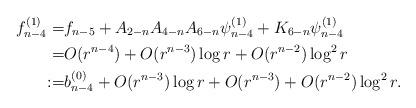
LaTeX: \begin{align*}f_{n-4}^{(1)}=&f_{n-5}+A_{2-n}A_{4-n}A_{6-n}\psi_{n-4}^{(1)}+K_{6-n}\psi_{n-4}^{(1)}\\=&O(r^{n-4})+O(r^{n-3})\log r+O(r^{n-2})\log^2 r\\:=&b_{n-4}^{(0)}+O(r^{n-3})\log r+O(r^{n-3})+O(r^{n-2})\log^2 r.\end{align*}